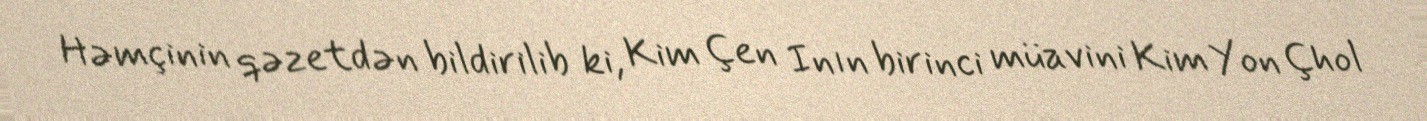
Həmçinin qəzetdən bildirilib ki, Kim Çen Inın birinci müavini Kim Yon Çhol